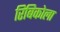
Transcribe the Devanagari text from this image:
रिबिकोला